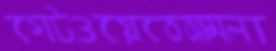
গেটওয়েতেআমলা